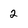
Character: 2